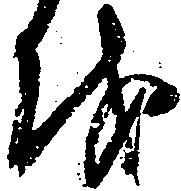
を